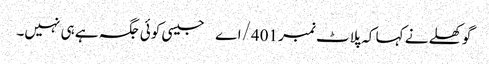
گوکھلے نے کہا کہ پلاٹ نمبر 401/اے جیسی کوئی جگہ ہے ہی نہیں۔